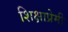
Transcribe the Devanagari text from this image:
शिक्षाप्रेमी